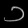
Digit: ၁